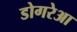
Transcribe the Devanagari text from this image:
डोगरेआ